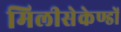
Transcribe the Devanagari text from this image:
मिलीसेकेण्डों